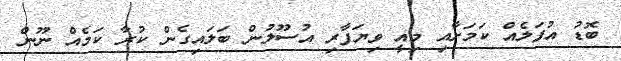
ބޮޑު އުފަލެއް ކަމަށާއި މިއީ ވިޔަފާރި އުސޫލުން ބަލައިގެން ކުރާ ކަމެއް ނޫން